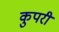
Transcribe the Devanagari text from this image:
कुपरी